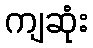
ကျဆုံး